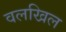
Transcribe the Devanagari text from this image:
वलखिल